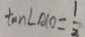
\tan \angle A C O = \frac { 1 } { 2 . }